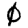
Digit: 0